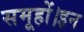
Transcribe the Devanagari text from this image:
समूहों।इन